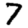
Digit: 7